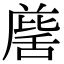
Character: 𮍹